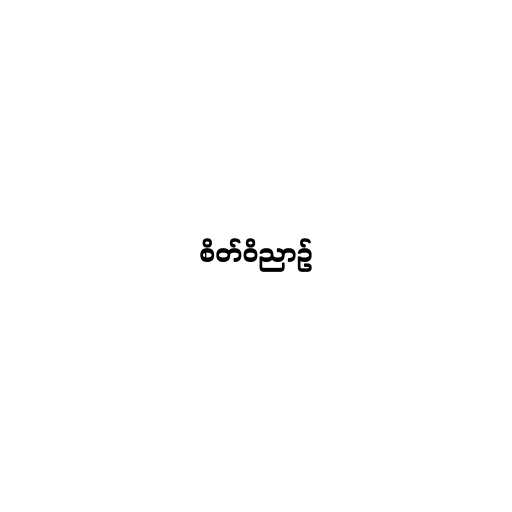
စိတ်ဝိညာဉ်